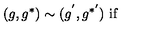
( g , g ^ { * } ) \sim ( g ^ { ' } , g ^ { * ^ { \prime } } ) \ \mathrm { i f }